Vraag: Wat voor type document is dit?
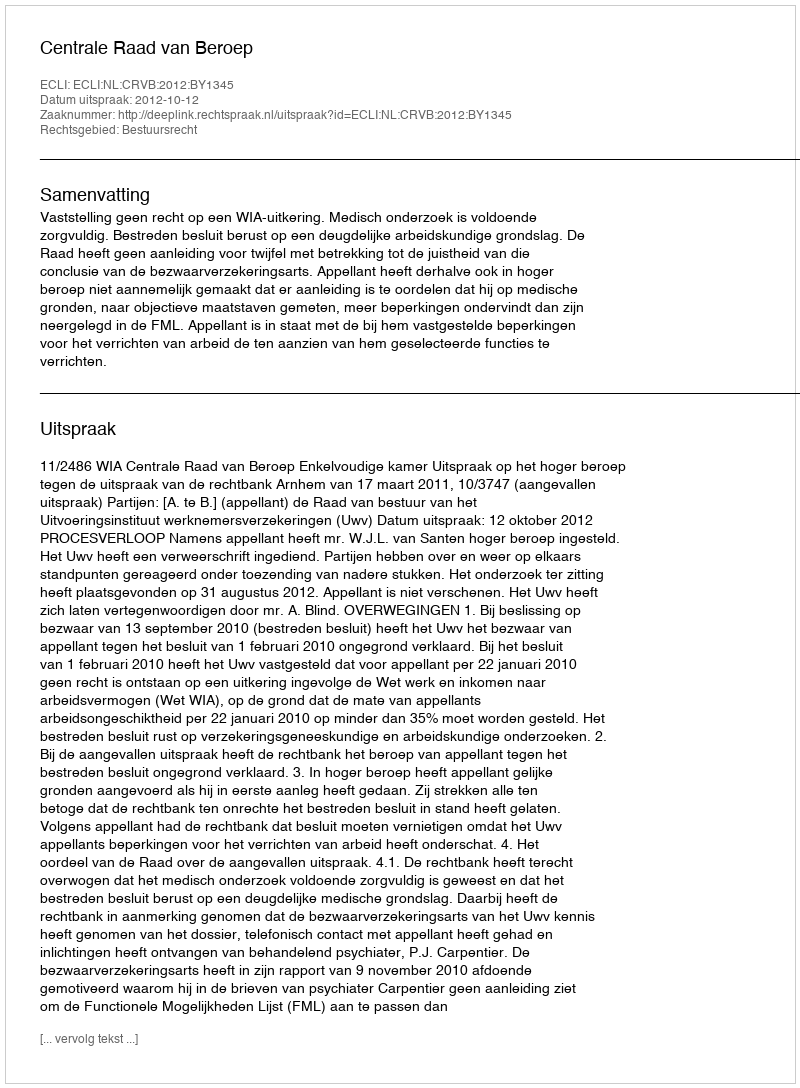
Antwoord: Uitspraak